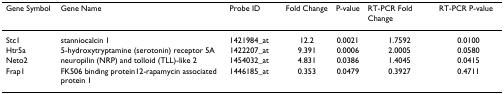
<table><thead><tr><td><b>Gene Symbol</b></td><td><b>Gene Name</b></td><td><b>Probe ID</b></td><td><b>Fold Change</b></td><td><b>P-value</b></td><td><b>RT-PCR Fold Change</b></td><td><b>RT-PCR P-value</b></td></tr></thead><tbody><tr><td>Stc1</td><td>stanniocalcin 1</td><td>1421984_at</td><td>12.2</td><td>0.0021</td><td>1.7592</td><td>0.0100</td></tr><tr><td>Htr5a</td><td>5-hydroxytryptamine (serotonin) receptor 5A</td><td>1422207_at</td><td>9.391</td><td>0.0006</td><td>2.0005</td><td>0.0580</td></tr><tr><td>Neto2</td><td>neuropilin (NRP) and tolloid (TLL)-like 2</td><td>1454032_at</td><td>4.831</td><td>0.0386</td><td>1.4045</td><td>0.0415</td></tr><tr><td>Frap1</td><td>FK506 binding protein12-rapamycin associated protein 1</td><td>1446185_at</td><td>0.353</td><td>0.0479</td><td>0.3927</td><td>0.4711</td></tr></tbody></table>